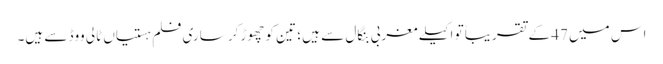
اس میں 47 کے تقریباً تو اکیلے مغربی بنگال سے ہیں ؛ تین کو چھوڑ‌کر ساری فلم ہستیاں ٹالی ووڈ سے ہیں۔